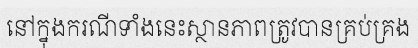
នៅក្នុងករណីទាំងនេះស្ថានភាពត្រូវបានគ្រប់គ្រង